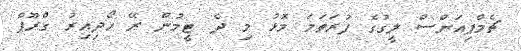
ޗެމްޕިއަންސް ލީގުގެ ފުރަތަމަ މޮޅު މި ދެ ޓީމުން ރޭ ހޯދިއިރު ގްރޫޕް